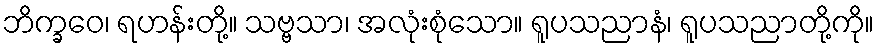
ဘိက္ခဝေ၊ ရဟန်းတို့။ သဗ္ဗသာ၊ အလုံးစုံသော။ ရူပသညာနံ၊ ရူပသညာတို့ကို။